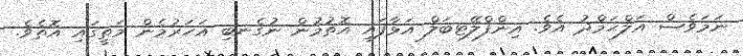
ނަމަވެސް އަލްޙަމްދު އެވެ. އިންފްލޭޓބަލް އަޅާފައި އޮތުމުން ނުގެނބި އަހަރުމެން މަތީގައި އޮތެވެ.